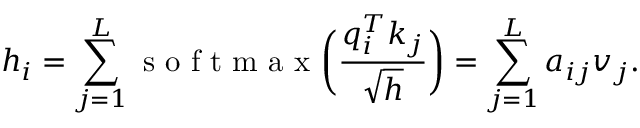
h _ { i } = \sum _ { j = 1 } ^ { L } \mathrm { ~ s ~ o ~ f ~ t ~ m ~ a ~ x ~ } \bigg ( \frac { q _ { i } ^ { T } k _ { j } } { \sqrt { h } } \bigg ) = \sum _ { j = 1 } ^ { L } a _ { i j } v _ { j } .